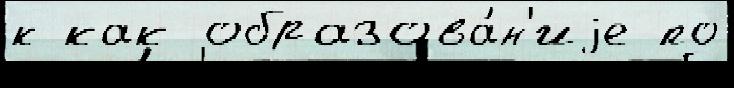
к как образова́н'иjе по